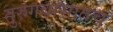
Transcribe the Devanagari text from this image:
तुरुगवासातच